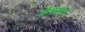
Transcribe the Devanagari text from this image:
कैमरूनने